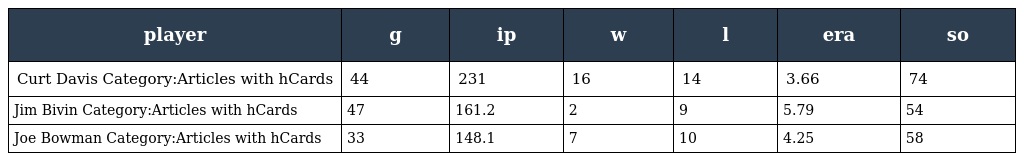
| player | g | ip | w | l | era | so |
 | --- | --- | --- | --- | --- | --- | --- |
 | Curt Davis Category:Articles with hCards | 44 | 231 | 16 | 14 | 3.66 | 74 |
 | Jim Bivin Category:Articles with hCards | 47 | 161.2 | 2 | 9 | 5.79 | 54 |
 | Joe Bowman Category:Articles with hCards | 33 | 148.1 | 7 | 10 | 4.25 | 58 |